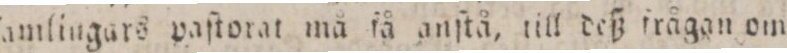
ſamlingars paſtorat må få anſtå, till deß frågan om